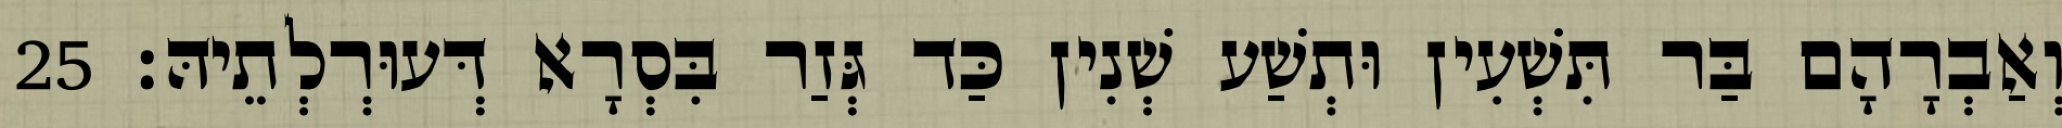
וְאַבְרָהָם בַּר תִּשְׁעִין וּתְשַׁע שְׁנִין כַּד גְּזַר בִּסְרָא דְּעוּרְלְתֵיהּ׃ 25